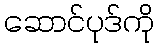
ဆောင်ပုဒ်ကို